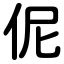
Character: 伲